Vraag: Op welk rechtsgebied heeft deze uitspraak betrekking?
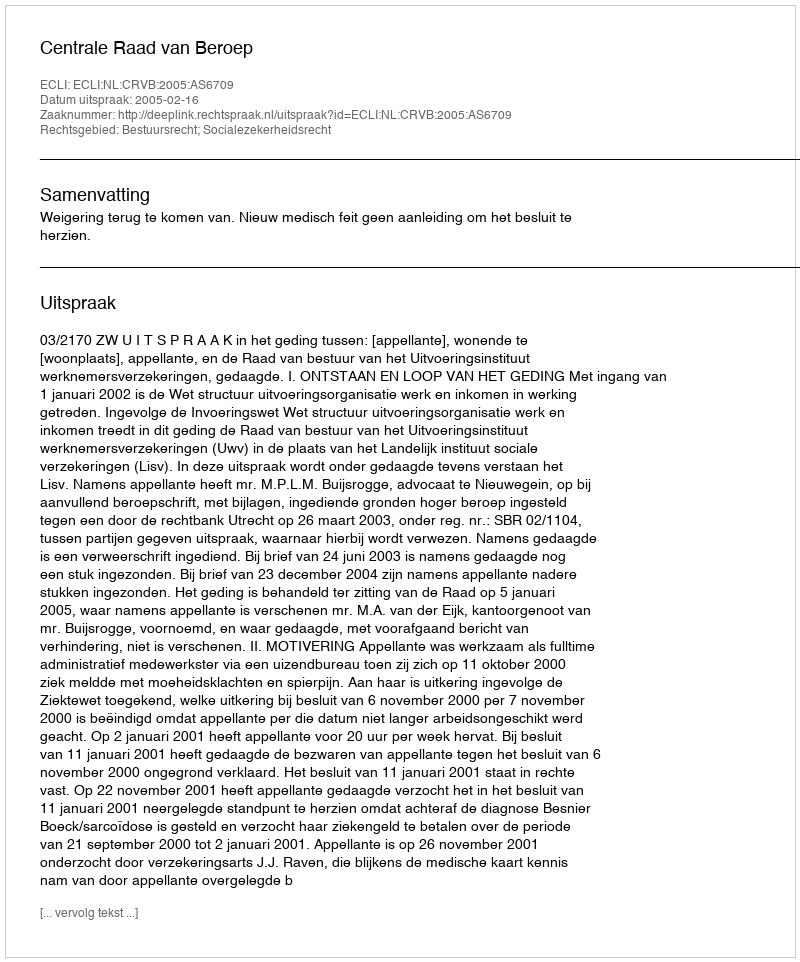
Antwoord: Bestuursrecht; Socialezekerheidsrecht